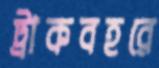
ট্রাকবহরে